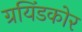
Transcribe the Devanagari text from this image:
ग्रयिंडकोर